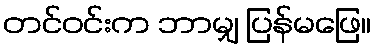
တင်ဝင်းက ဘာမျှ ပြန်မဖြေ။